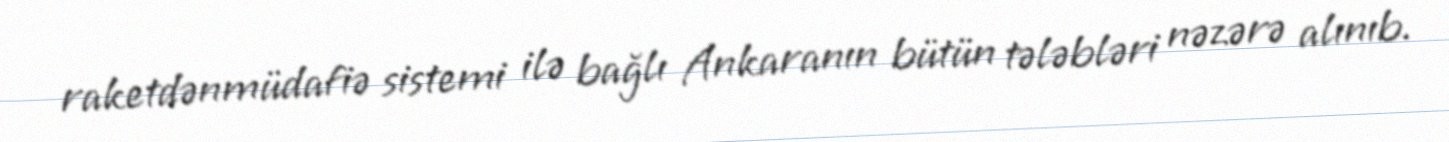
raketdənmüdafiə sistemi ilə bağlı Ankaranın bütün tələbləri nəzərə alınıb.